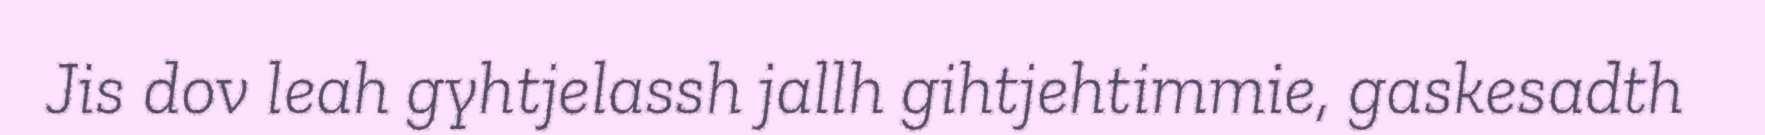
Jis dov leah gyhtjelassh jallh gihtjehtimmie, gaskesadth